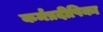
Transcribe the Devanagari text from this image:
कर्मप्रदीपिका